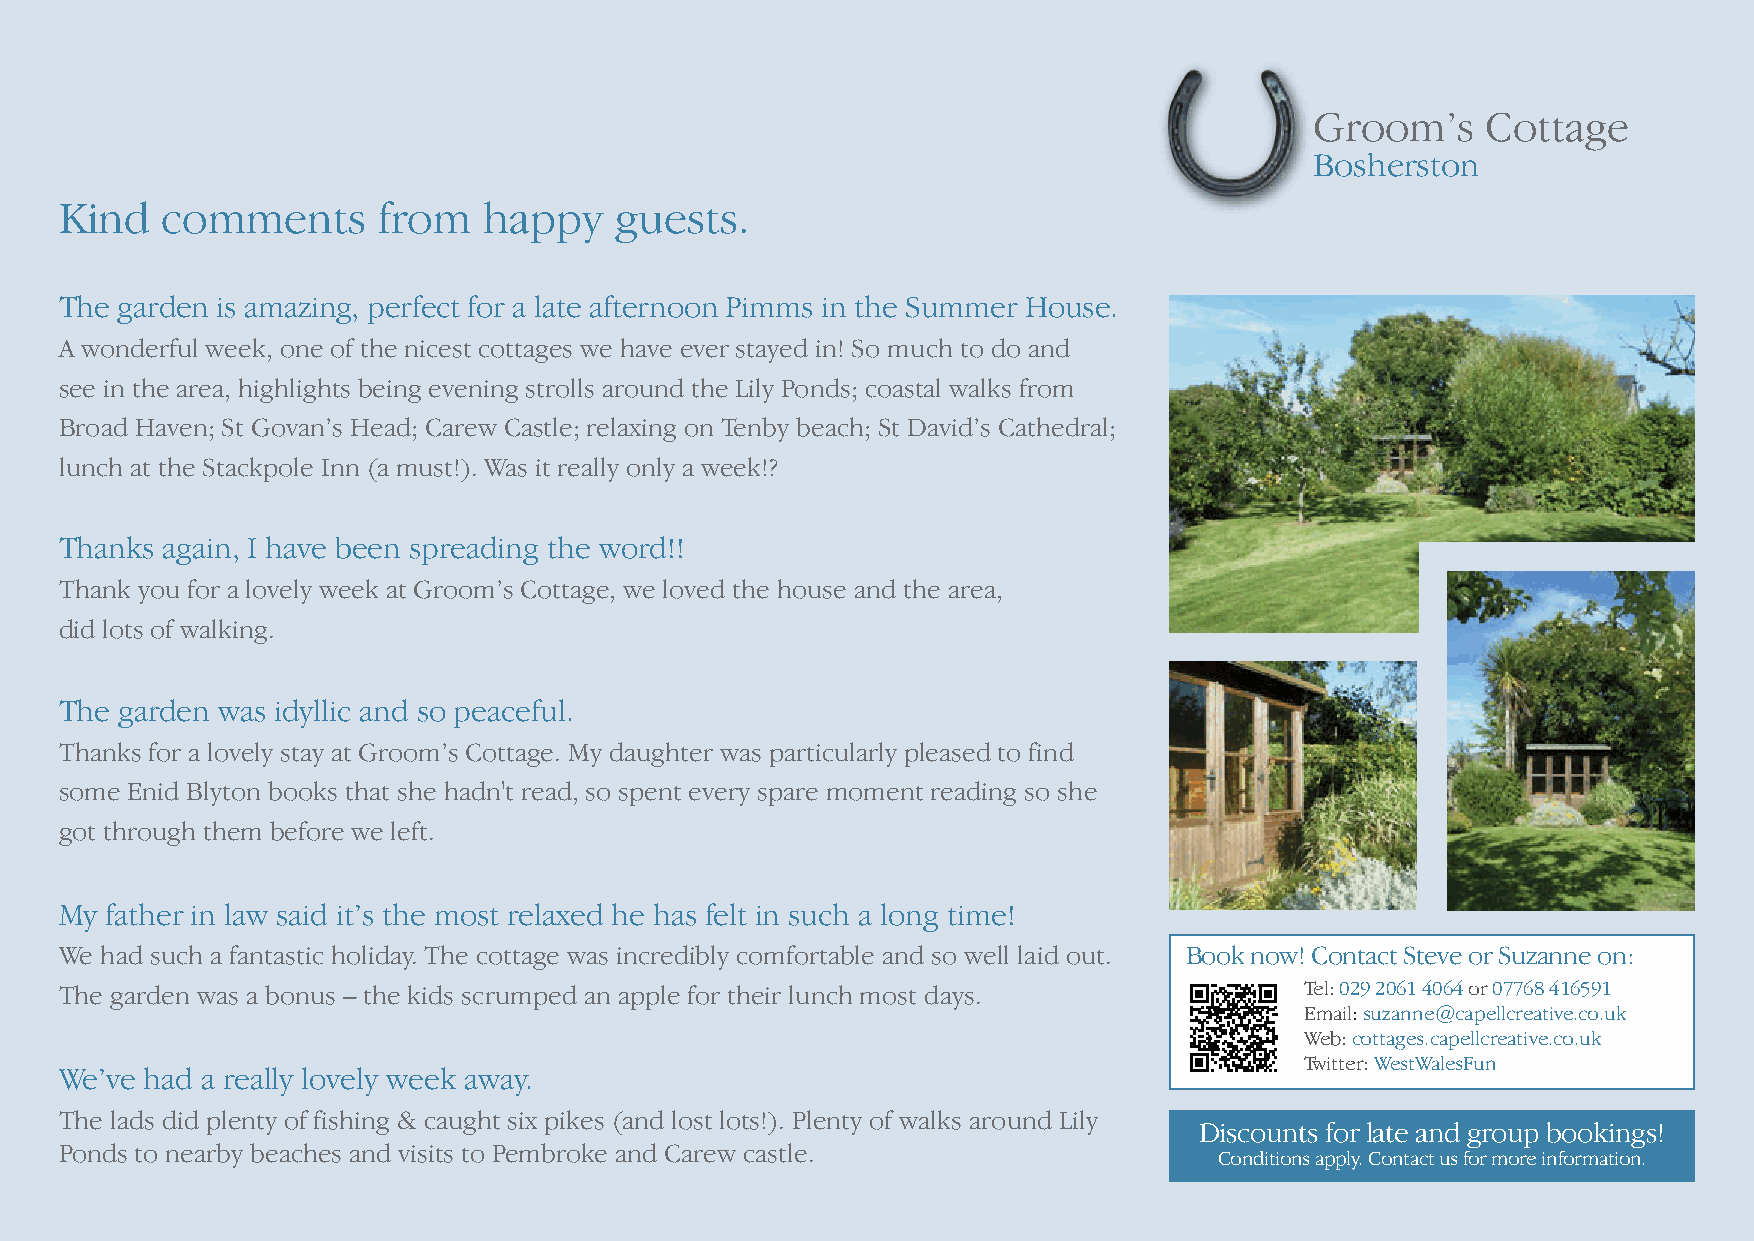
Groom’s    Cottage
 Bosherston
 Kind   comments      from   happy    guests.
 The garden is amazing, perfect for a late afternoon Pimms in the Summer House.
 A wonderful week, one of the nicest cottages we have ever stayed in! So much to do and
 see in the area, highlights being evening strolls around the Lily Ponds; coastal walks from
 Broad Haven; St Govan’s Head; Carew Castle; relaxing on Tenby beach; St David’s Cathedral;
 lunch at the Stackpole Inn (a must!). Was it really only a week!?
 Thanks again, I have been spreading the word!!
 Thank you for a lovely week at Groom’s Cottage, we loved the house and the area,
 did lots of walking.
 The garden was idyllic and so peaceful.
 Thanks for a lovely stay at Groom’s Cottage. My daughter was particularly pleased to find
 some Enid Blyton books that she hadn't read, so spent every spare moment reading so she
 got through them before we left.
 My father in law said it’s the most relaxed he has felt in such a long time!
 We had such a fantastic holiday. The cottage was incredibly comfortable and so well laid out. Book now! Contact Steve or Suzanne on:
 The garden was a bonus – the kids scrumped an apple for their lunch most days.    Tel:029 2061 4064 or07768 416591
 Email:suzanne@capellcreative.co.uk
 Web: cottages.capellcreative.co.uk
 Twitter: WestWalesFun
 We’ve had a really lovely week away.
 The lads did plenty of fishing & caught six pikes (and lost lots!). Plenty of walks around Lily
 Discounts for late and group bookings!
 Ponds to nearby beaches and visits to Pembroke and Carew castle.
 Conditions apply. Contact us for more information.